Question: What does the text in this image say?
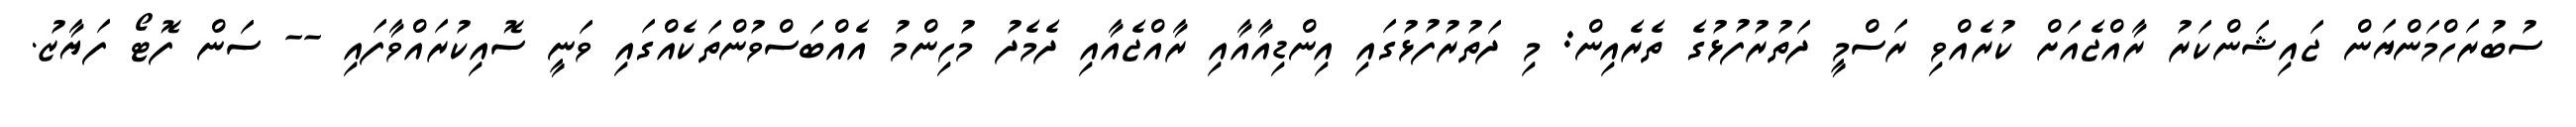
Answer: ސުބުރަހްމަންޔަން ޖައިޝަންކަރު ރާއްޖެއަށް ކުރެއްވި ރަސްމީ ދަތުރުފުޅުގެ ތެރެއިން: މި ދަތުރުފުޅުގައި އިންޑިއާއާއި ރާއްޖެއާއި ދެމެދު މުހިންމު އެއްބަސްވުންތަކެއްގައި ވަނީ ސޮއިކުރައްވާފައި -- ސަން ފޮޓޯ ފަޔާޒު.